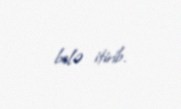
belə itirib.